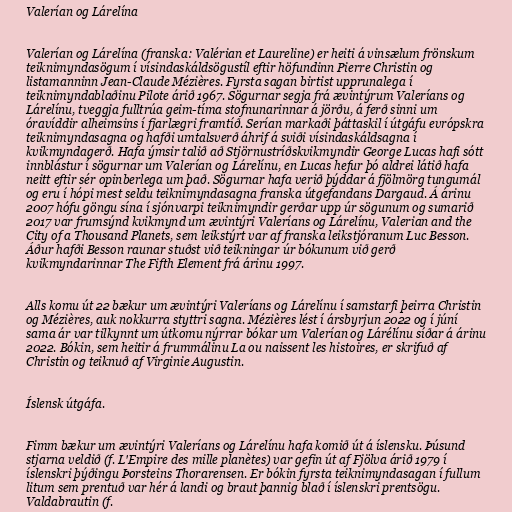
Valerían og Lárelína

Valerían og Lárelína (franska: Valérian et Laureline) er heiti á vinsælum frönskum
teiknimyndasögum í vísindaskáldsögustíl eftir höfundinn Pierre Christin og
listamanninn Jean-Claude Mézières. Fyrsta sagan birtist upprunalega í
teiknimyndablaðinu Pilote árið 1967. Sögurnar segja frá ævintýrum Valeríans og
Lárelínu, tveggja fulltrúa geim-tíma stofnunarinnar á jörðu, á ferð sinni um
óravíddir alheimsins í fjarlægri framtíð. Serían markaði þáttaskil í útgáfu evrópskra
teiknimyndasagna og hafði umtalsverð áhrif á sviði vísindaskáldsagna í
kvikmyndagerð. Hafa ýmsir talið að Stjörnustríðskvikmyndir George Lucas hafi sótt
innblástur í sögurnar um Valerían og Lárelínu, en Lucas hefur þó aldrei látið hafa
neitt eftir sér opinberlega um það. Sögurnar hafa verið þýddar á fjölmörg tungumál
og eru í hópi mest seldu teiknimyndasagna franska útgefandans Dargaud. Á árinu
2007 hófu göngu sína í sjónvarpi teiknimyndir gerðar upp úr sögunum og sumarið
2017 var frumsýnd kvikmynd um ævintýri Valeríans og Lárelínu, Valerian and the
City of a Thousand Planets, sem leikstýrt var af franska leikstjóranum Luc Besson.
Áður hafði Besson raunar stuðst við teikningar úr bókunum við gerð
kvikmyndarinnar The Fifth Element frá árinu 1997.

Alls komu út 22 bækur um ævintýri Valeríans og Lárelínu í samstarfi þeirra Christin
og Mézières, auk nokkurra styttri sagna. Mézières lést í ársbyrjun 2022 og í júní
sama ár var tilkynnt um útkomu nýrrar bókar um Valerían og Lárélínu síðar á árinu
2022. Bókin, sem heitir á frummálinu La ou naissent les histoires, er skrifuð af
Christin og teiknuð af Virginie Augustin.

Íslensk útgáfa.

Fimm bækur um ævintýri Valeríans og Lárelínu hafa komið út á íslensku. Þúsund
stjarna veldið (f. L'Empire des mille planètes) var gefin út af Fjölva árið 1979 í
íslenskri þýðingu Þorsteins Thorarensen. Er bókin fyrsta teiknimyndasagan í fullum
litum sem prentuð var hér á landi og braut þannig blað í íslenskri prentsögu.
Valdabrautin (f.